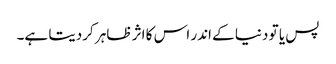
پس یا تو دنیا کے اندر اس کا اثر ظاہر کردیتا ہے۔